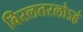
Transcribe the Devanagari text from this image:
विरलतरलोऽहं